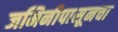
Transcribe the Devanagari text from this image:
जमिनीपासूनचा